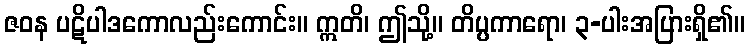
ဇဝန ပဋိပါဒကောလည်းကောင်း။ ဣတိ၊ ဤသို့။ တိပ္ပကာရော၊ ၃-ပါးအပြားရှိ၏။